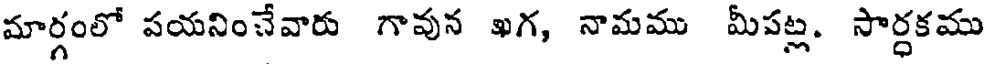
మార్గంలో పయనించేవారు గావున ఖగ, నామము మీపట్ల. సార్ధకము